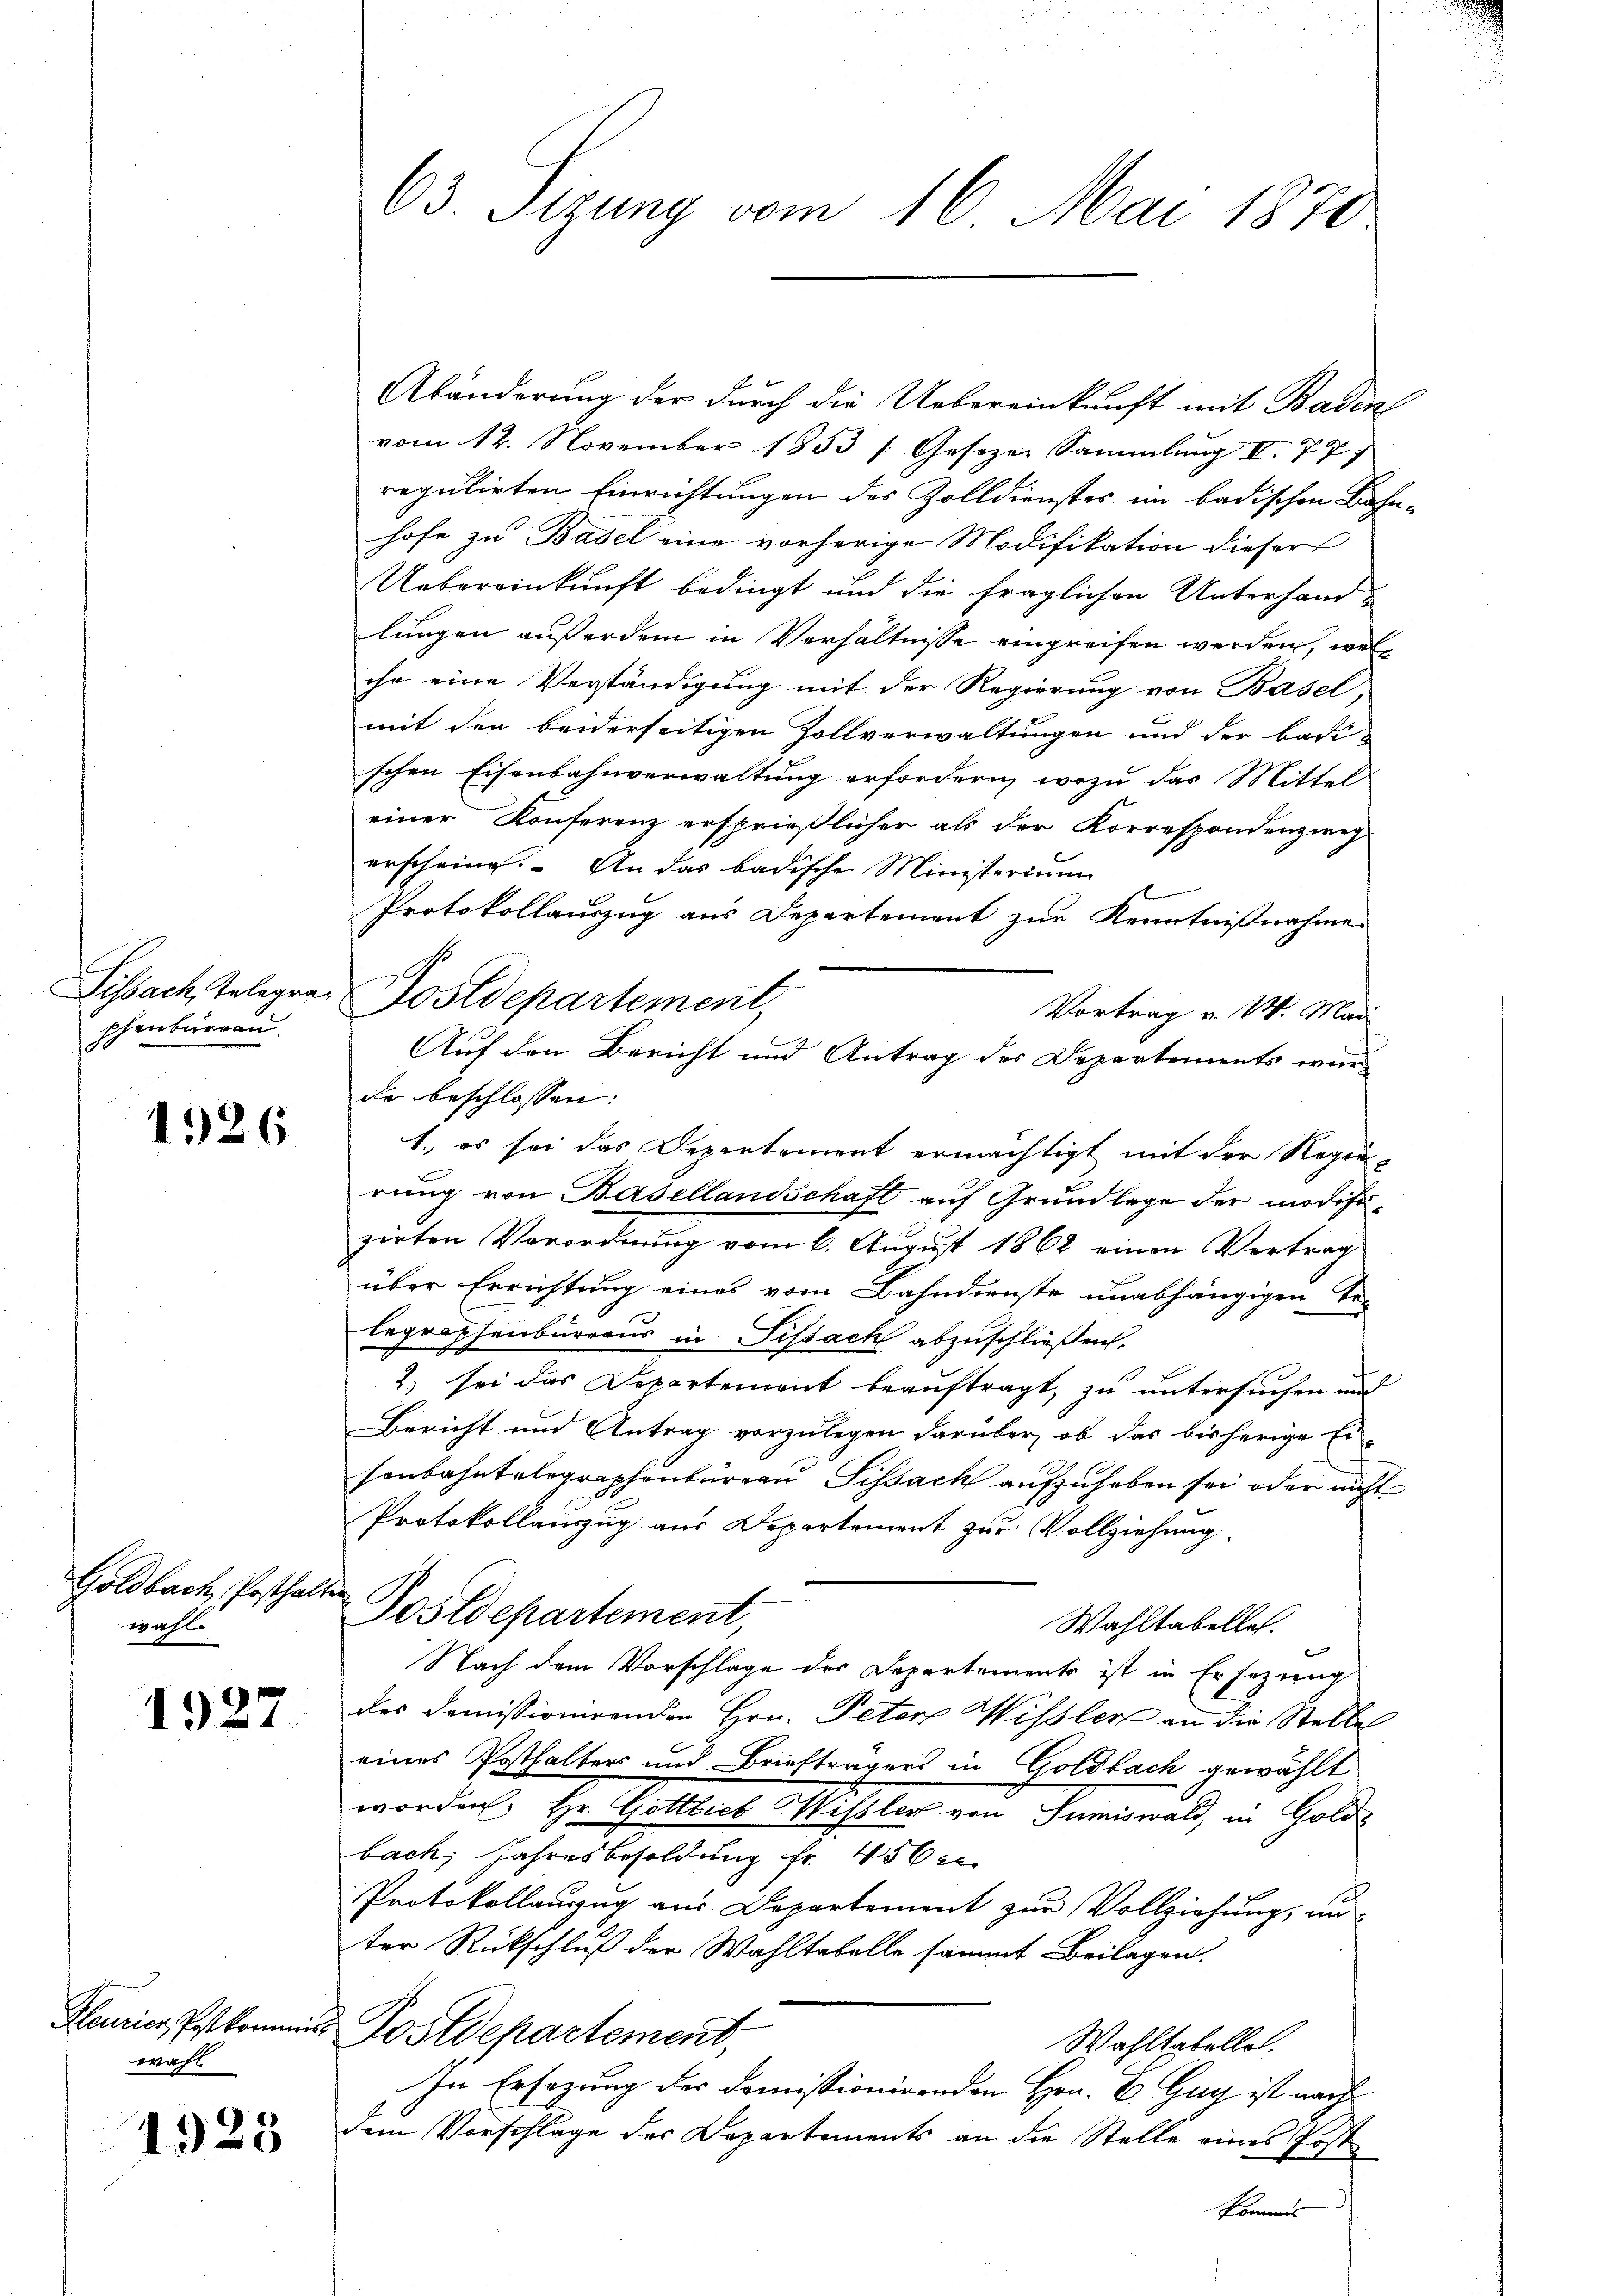
Sissach Telegraschenbureau.

1326

Goldbach, Posthalt
wahl.

1927.

Fleurier Postkommis
wahl

1925

63. Sizung vom 16. Mai 1870

Abänderung der durch die Uebereinkunft mit Baden
vom 12. November 1853 [Gesezen Sammlung I. 77
regulirten Einrichtungen des Zolldienstes im badischen Bahnhofe zu Basel eine vorherige Modifikation dieser
Uebereinkunft bedingt und die fraglichen Unterhand-
lungen außerdem in Verhältnisse eingreifen werden, welihr eine Verständigung mit der Regierung von Basel,
mit den beiderseitigen Zollverwaltungen und der badi-
schen Eisenbahnverwaltung erfordern, wozu das Mittel
einer Konferenz ersprießlicher als der Korrespondenzweg-
erscheine. An das badische Ministerium
b
Protokollauszug aus Departement zur Kenntnißnahme
Postdepartement,
Vortrag v. M. Mai
de beschlossen:
1. es sei das Departement ermächtigt mit der Regierung von Basellandschaft auf Grundlage der modifizirten Verordnung vom 6. August 1862 einen Vertrag
über Errichtung eines vom Bahndienste unabhängigen Te-
legraphenbureaus in Tissach abzuschließen,
2) sei das Departement beauftragt, zu untersuchen und
Bericht und Antrag vorzulegen darüber, ob das bisherige Er-
sonbahntelegraphenbureau Sissack aufzuheben sei oder nicht
Protokollanzug aus Departement zur Vollziehung.
¬
Postdepartement,
Wahltabelles.
Nach dem Vorschlage der Departements ist in Ersezung
des Domissionirenden Hrn. Peter Wissler an die Stelle
eines Posthalters und Briefträgers in Goldbach gewählt
worden. Hr. Gottlieb Missler von Sumiswald, in Golds
bach Jahresbesoldung fr. 456 e
Protokollanzug aus Departement zur Vollziehung, un
ter Rückschluß der Wahltabelle sammt Beilagen.
Postdepartement,
Wahltabellet.
In Ersezung der Domissionirenden Hrn. E. Guy ist nach
dem Vorschlage des Departements an die Stelle eines Post¬
Komm

Auf den Bericht und Antrag des Departements wur